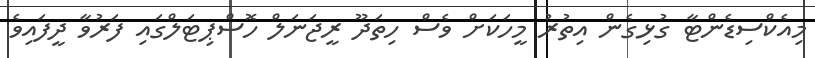
މިއެކްސިޑެންޓާ ގުޅިގެން އިތުރު މީހަކަށް ވެސް ހިތަދޫ ރީޖަނަލް ހޮސްޕިޓަލްގައި ފަރުވާ ދީފައިވެ